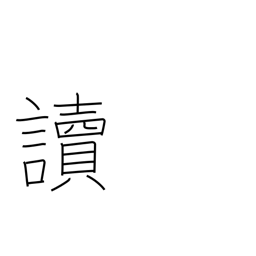
Meaning: pronounce